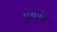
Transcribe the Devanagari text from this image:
पूर्णाश